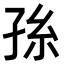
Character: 𭓂